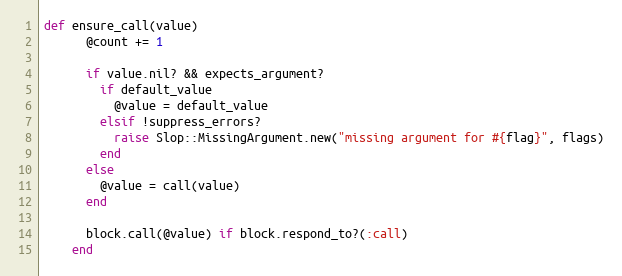
Language: Ruby
def ensure_call(value)
      @count += 1

      if value.nil? && expects_argument?
        if default_value
          @value = default_value
        elsif !suppress_errors?
          raise Slop::MissingArgument.new("missing argument for #{flag}", flags)
        end
      else
        @value = call(value)
      end

      block.call(@value) if block.respond_to?(:call)
    end